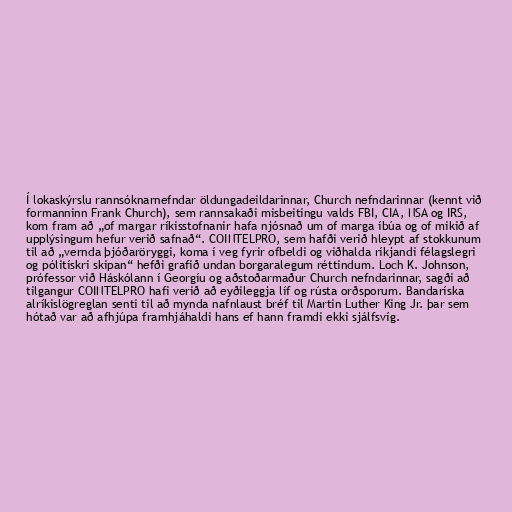
Í lokaskýrslu rannsóknarnefndar öldungadeildarinnar, Church nefndarinnar (kennt við
formanninn Frank Church), sem rannsakaði misbeitingu valds FBI, CIA, NSA og IRS,
kom fram að „of margar ríkisstofnanir hafa njósnað um of marga íbúa og of mikið af
upplýsingum hefur verið safnað“. COINTELPRO, sem hafði verið hleypt af stokkunum
til að „vernda þjóðaröryggi, koma í veg fyrir ofbeldi og viðhalda ríkjandi félagslegri
og pólitískri skipan“ hefði grafið undan borgaralegum réttindum. Loch K. Johnson,
prófessor við Háskólann í Georgíu og aðstoðarmaður Church nefndarinnar, sagði að
tilgangur COINTELPRO hafi verið að eyðileggja líf og rústa orðsporum. Bandaríska
alríkislögreglan senti til að mynda nafnlaust bréf til Martin Luther King Jr. þar sem
hótað var að afhjúpa framhjáhaldi hans ef hann framdi ekki sjálfsvíg.